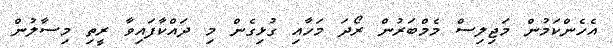
އެހެންކަމުން މަޖިލިސް މެމްބަރުން ރޯދަ މަހާއި ގުޅިގެން މި ދައްކާފައިވާ ރީތި މިސާލުން